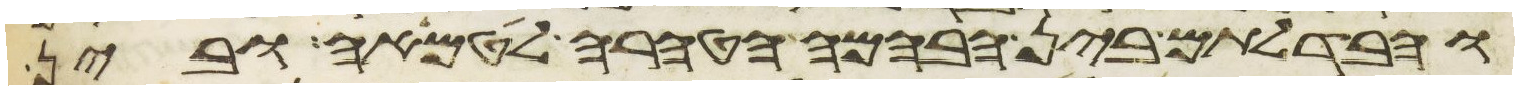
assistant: והבדלתם בין הבהמה הטהרה לטמאה ובין